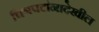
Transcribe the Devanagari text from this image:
चित्रपटांनादेखील